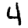
Digit: 4